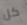
كل